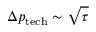
\Delta p _ { \mathrm { t e c h } } \sim \sqrt { \tau }